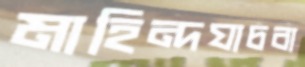
মাহিন্দযাচবা